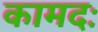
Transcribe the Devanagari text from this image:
कामदः